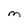
Character: M